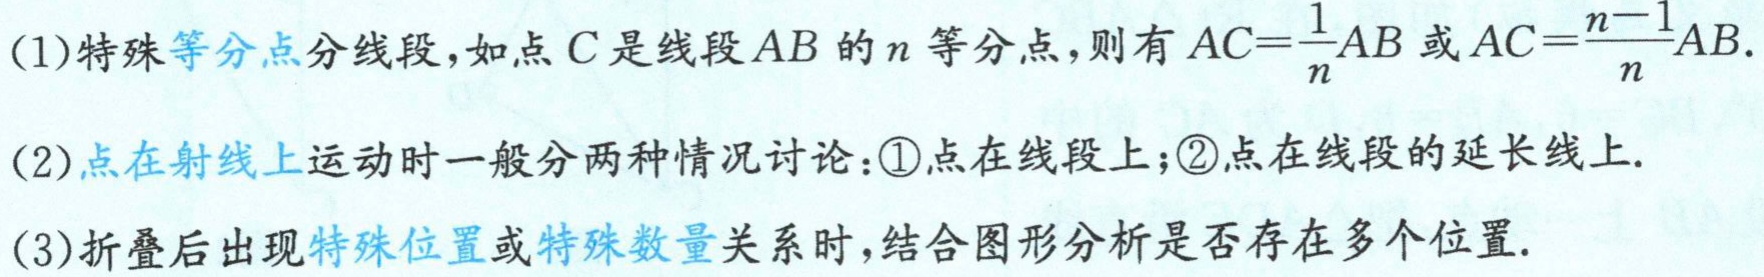
(1)特殊等分点分线段，如点\(C\)是线段\(AB\)的\(n\)等分点，则有\(AC = \frac{1}{n}AB\)或\(AC=\frac{n - 1}{n}AB\).

(2)点在射线上运动时一般分两种情况讨论：\textcircled{1}点在线段上；\textcircled{2}点在线段的延长线上.

(3)折叠后出现特殊位置或特殊数量关系时，结合图形分析是否存在多个位置.